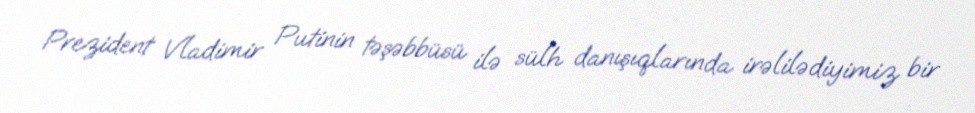
Prezident Vladimir Putinin təşəbbüsü ilə sülh danışıqlarında irəlilədiyimiz bir